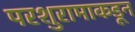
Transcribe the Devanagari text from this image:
परशुरामाकडून